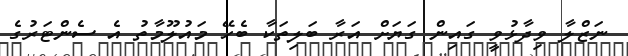
ނަޒްލާ ވިދާޅުވީ ގައިން ގަޔަށް އަރާ ބަލިތަކާ ބެހޭ މައުލޫމާތު އެ ސެންޓަރުގެ